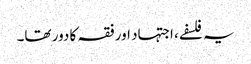
یہ فلسفے، اجتہاد اور فقہ کا دور تھا۔